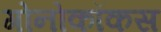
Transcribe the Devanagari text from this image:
गोनोकॉकस